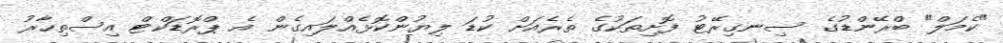
"ކެމަލް" ބްރޭންޑުގެ ސިނގިރޭޓު ފޮށިތަކުގެ ތެރެއަށް ކުޑަ ލިޔުންކޮޅެއްލައިގެން އެ ޕްރޮޑަކްޓް އިސްތިހާރު